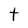
Character: t